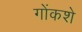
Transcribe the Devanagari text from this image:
गोंकशे